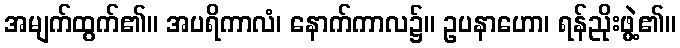
အမျက်ထွက်၏။ အပရိကာလံ၊ နောက်ကာလ၌။ ဥပနာဟော၊ ရန်ညိုးဖွဲ့၏။